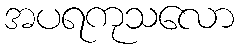
အပရကုသလော